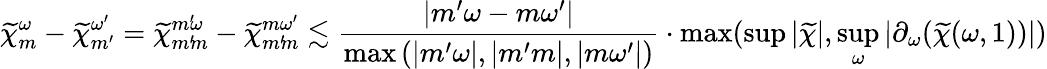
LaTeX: \widetilde{\chi}_{m}^{\omega}-\widetilde{\chi}_{m^{\prime}}^{\omega^{\prime}}=\widetilde{\chi}_{m^{\prime}\! m}^{m^{\prime}\! \omega}-\widetilde{\chi}_{m^{\prime}\! m}^{m\omega^{\prime}}\lesssim\frac{\left|m^{\prime}\omega-m\omega^{\prime}\right|}{\operatorname*{max}\left(\left|m^{\prime}\omega\right|,|m^{\prime}m|,|m\omega^{\prime}|\right)}\cdot\operatorname*{max}(\operatorname*{sup}|\widetilde{\chi}|,\operatorname*{sup}_{\omega}|\partial_{\omega}(\widetilde{\chi}(\omega,1))|)